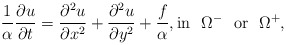
\begin{align*}\frac{1}{\alpha} \frac{\partial u}{ \partial t}=\frac{\partial^2 u }{\partial x^2} + \frac{\partial^2 u }{\partial y^2}+\frac{f}{\alpha}, \mbox{in}~~ \Omega^- ~~\mbox{or}~~ \Omega^+,\end{align*}